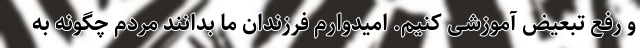
و رفع تبعیض آموزشی کنیم. امیدوارم فرزندان ما بدانند مردم چگونه به